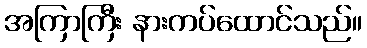
အကြာကြီး နားကပ်ထောင်သည်။